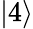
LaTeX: |4\rangle